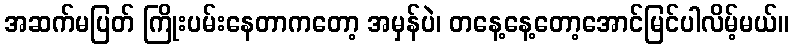
အဆက်မပြတ် ကြိုးပမ်းနေတာကတော့ အမှန်ပဲ၊ တနေ့နေ့တော့အောင်မြင်ပါလိမ့်မယ်။